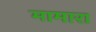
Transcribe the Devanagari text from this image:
मामारा